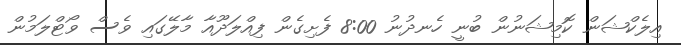
އިލެކްޝަން ކޮމިޝަނުން ބުނީ ހެނދުނު 8:00 ފެށިގެން ފިއްލަދޫއާ މާލޭގައި ވެސް ވޯޓްލަމުން